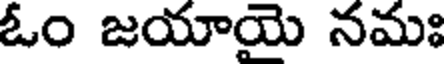
ఓం జయాయె నమః